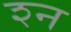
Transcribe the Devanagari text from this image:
श्‍न